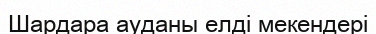
Шардара ауданы елді мекендері